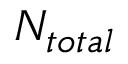
N _ { t o t a l }